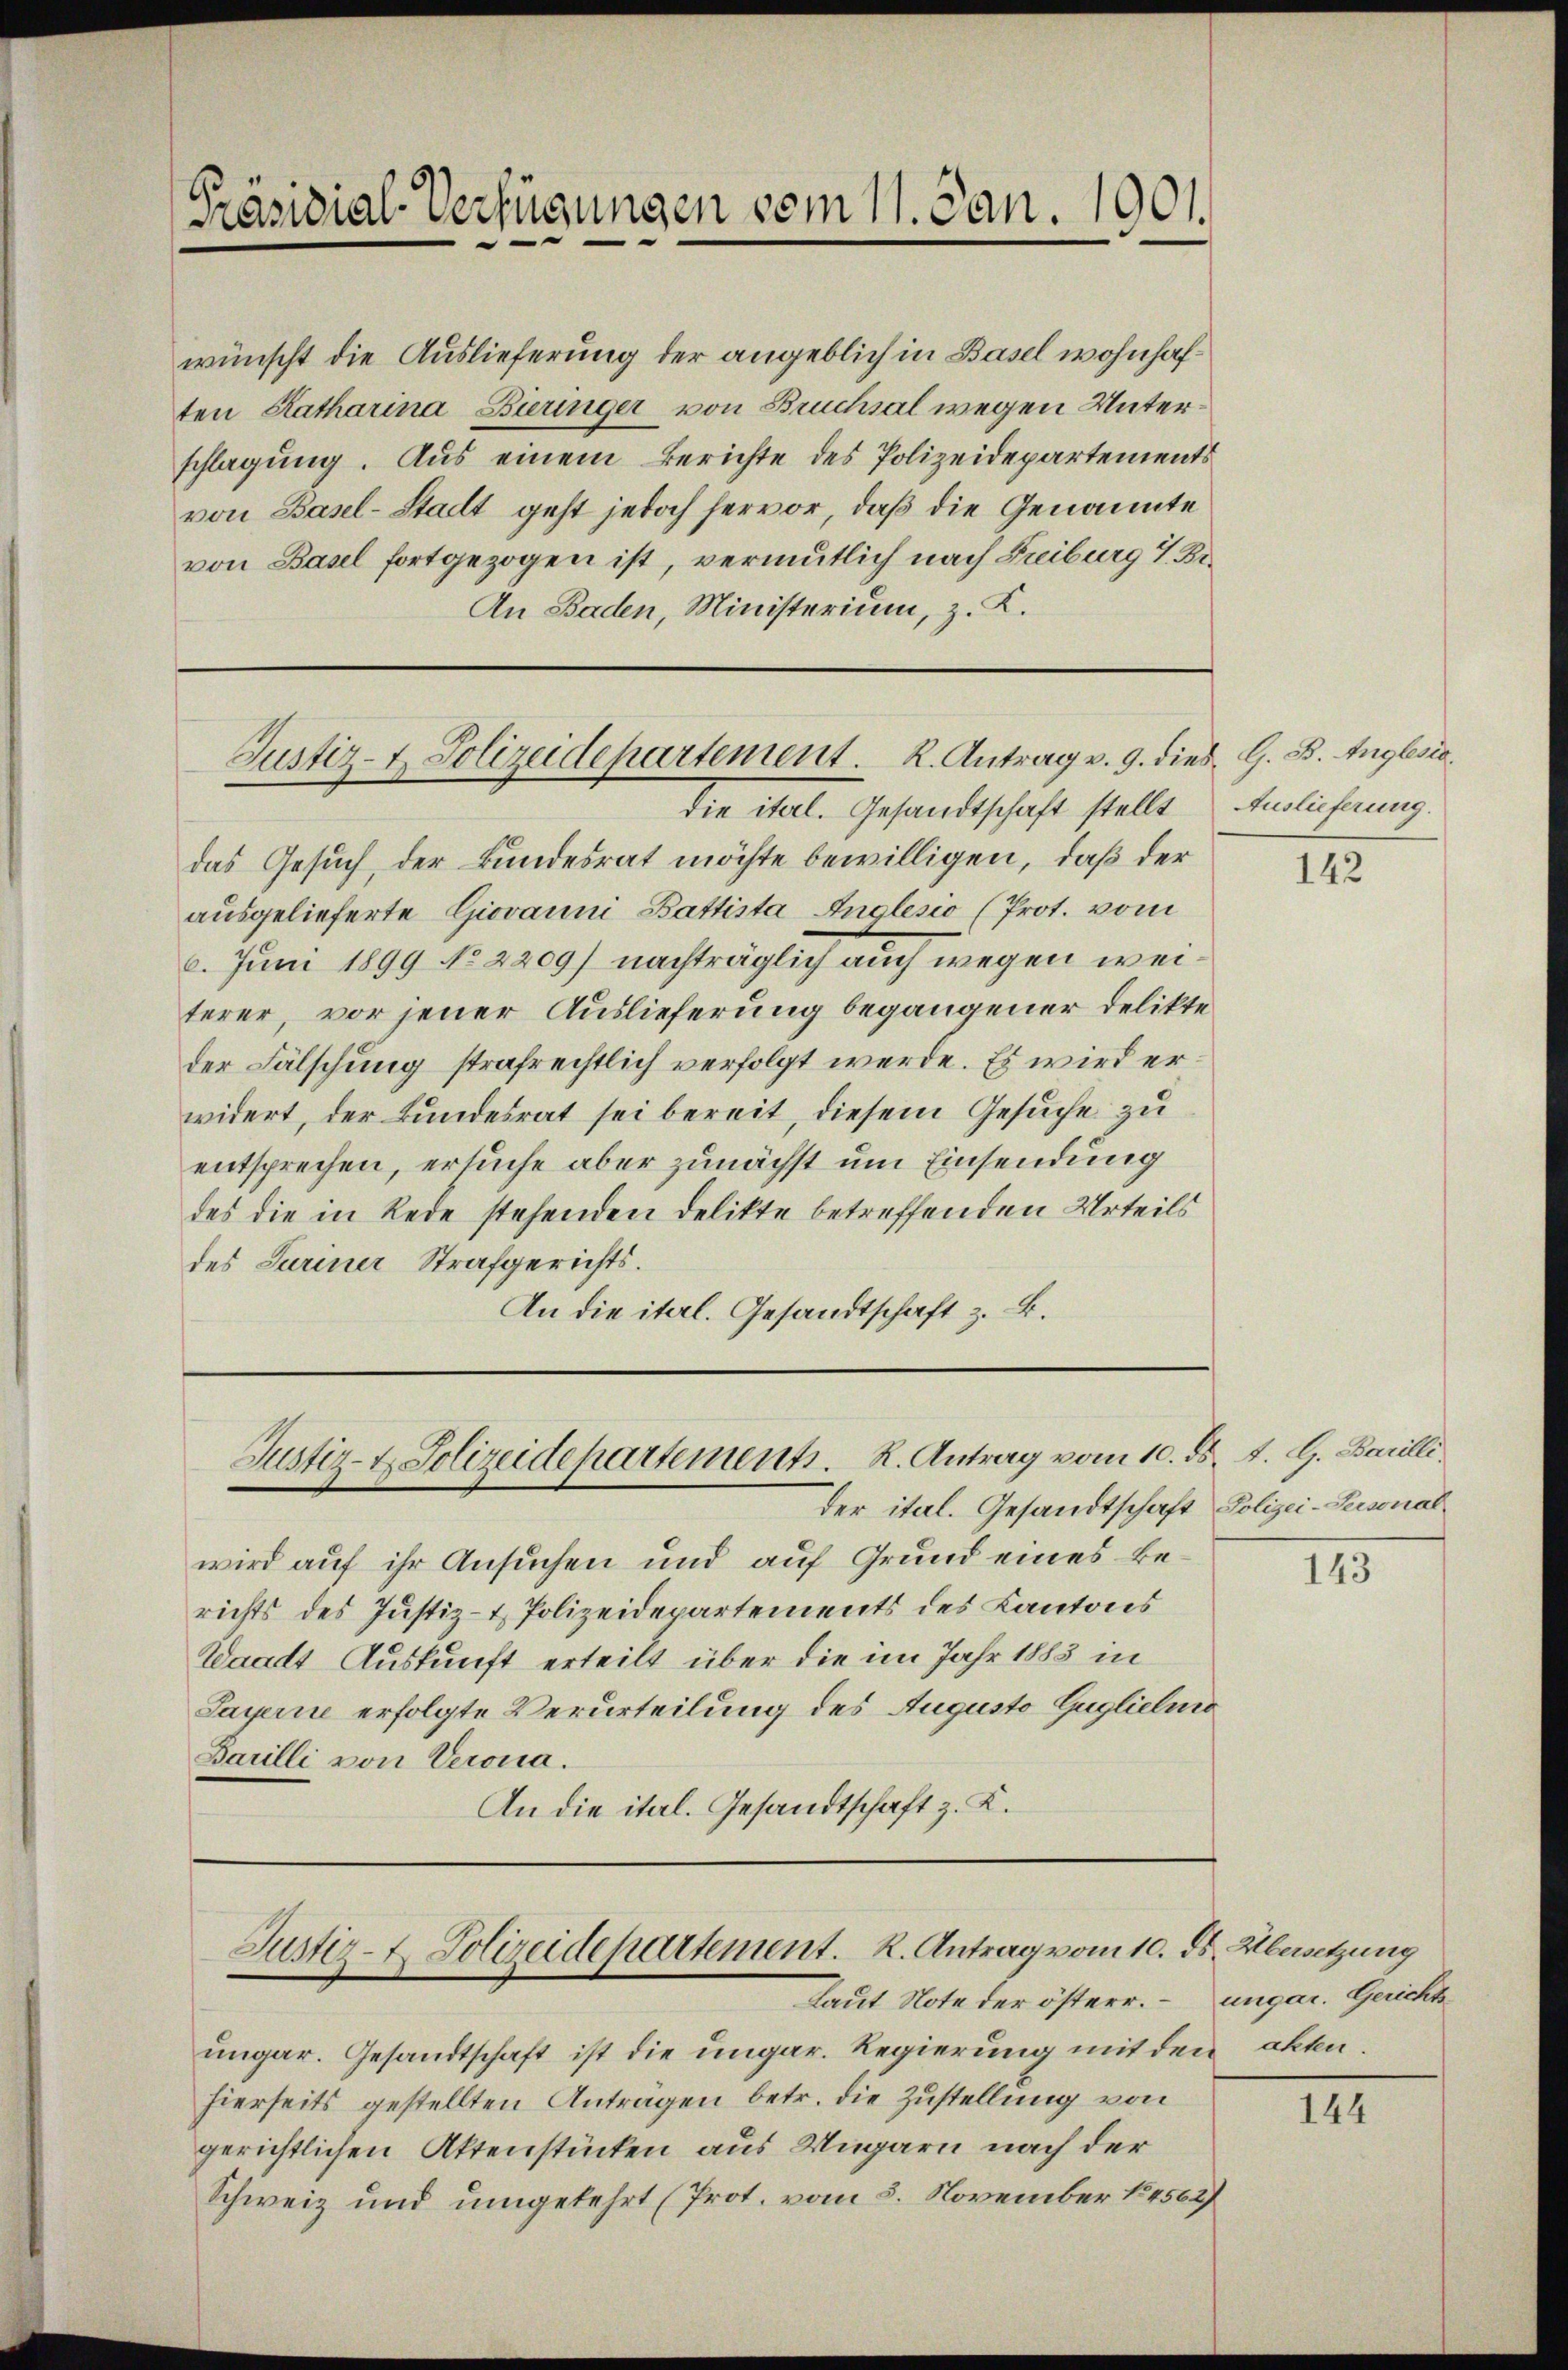
Präsidial-Verfügungen vom 11. Jan. 1901.

wünscht die Auslieferung der angeblich in Basel wohnhaften Katharina Bieringer von Bruchsal wegen Unterschlagung. Aus einem Berichte des Polizeidepartements
von Basel-Stadt geht jedoch hervor, daß die Genannte
von Basel fortgezogen ist, vermutlich nach Freiburg 1. Br.
An Baden, Ministerium, z. K.

Justiz- & Polizeidepartement. K. Antrag v. 9. dies G. B. Anglesia

das Gesuch, der Bundesrat möchte bewilligen, daß der
ausgelieferte Giovanni Battista Anglesio (Prot. vom
6. Juni 1899 No 2209) nachträglich auch wegen weiterer, vor jener Auslieferung begangener Delikte
der Fälschung strafrechtlich verfolgt werde. Es wird erwidert, der Bundesrat sei bereit, diesem Gesuche zu
entsprechen, ersuche aber zunächst um Einsendung
des die in Rede stehenden Delikte betreffenden Urteils
des Juriner Strafgerichts.
An die ital. Gesandtschaft z. B.

die ital. Gesandtschaft stellt

Justiz- & Polizeidepartement. R. Antrag vom 10. ds. d. G. Barilli

Justiz- & Polizeidepartement. R. Antrag vom 10. ds. Übersetzung
Laut Note der österr.

wird auf ihr Ansuchen und auf Grund eines Berichts des Justiz- & Polizeidepartements des Kantons
Waadt Auskunft erteilt über die im Jahr 1883 in
Sayerne erfolgte Verurteilung des Augusto Gugliedner
Barilli von Verona.
An die ital. Gesandtschaft z. K.

der ital. Gesandtschaft Polizei-Personal

ungar. Gesandtschaft ist die ungar. Regierung mit den akten.
hierseits gestellten Anträgen betr. die Zustellung von
gerichtlichen Aktenstücken aus Ungarn nach der
Schweiz und umgekehrt (Prot. vom 3. November 184562)

Auslieferung.

142

143

ungar. Gerichts

144